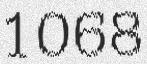
1068